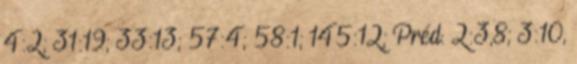
4:2; 31:19; 33:13; 57:4; 58:1; 145:12; Préd. 2:3,8; 3:10,